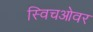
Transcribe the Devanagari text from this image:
स्विचओवर